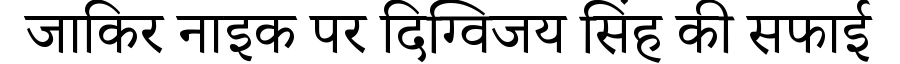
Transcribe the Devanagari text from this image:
जाकिर नाइक पर दिग्विजय सिंह की सफाई